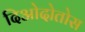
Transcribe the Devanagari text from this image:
दिओदोतोस